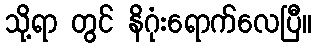
သို့ရာ တွင် နိဂုံးရောက်လေပြီ။